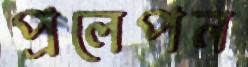
প্রলেপন